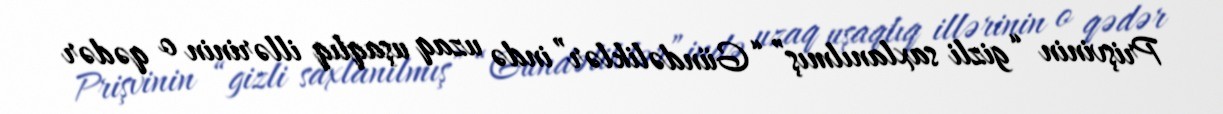
Prişvinin “gizli saxlanılmış” “Gündəliklər”ində uzaq uşaqlıq illərinin o qədər